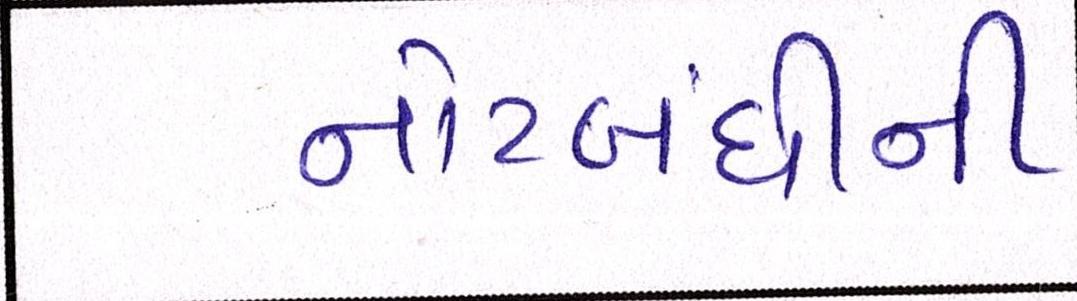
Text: નોટબંધીની